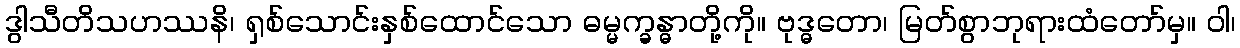
ဒွါသီတိသဟဿနိ၊ ရှစ်သောင်းနှစ်ထောင်သော ဓမ္မက္ခန္ဓာတို့ကို။ ဗုဒ္ဓတော၊ မြတ်စွာဘုရားထံတော်မှ။ ဝါ၊